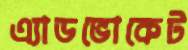
এ্যাডভোকেট